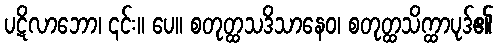
ပဋိလာဘော၊ ၎င်း။ ပေ။ စတုတ္ထသဒိသာနေဝ၊ စတုတ္ထသိက္ထာပုဒ်၏